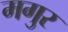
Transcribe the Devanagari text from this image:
मगुर